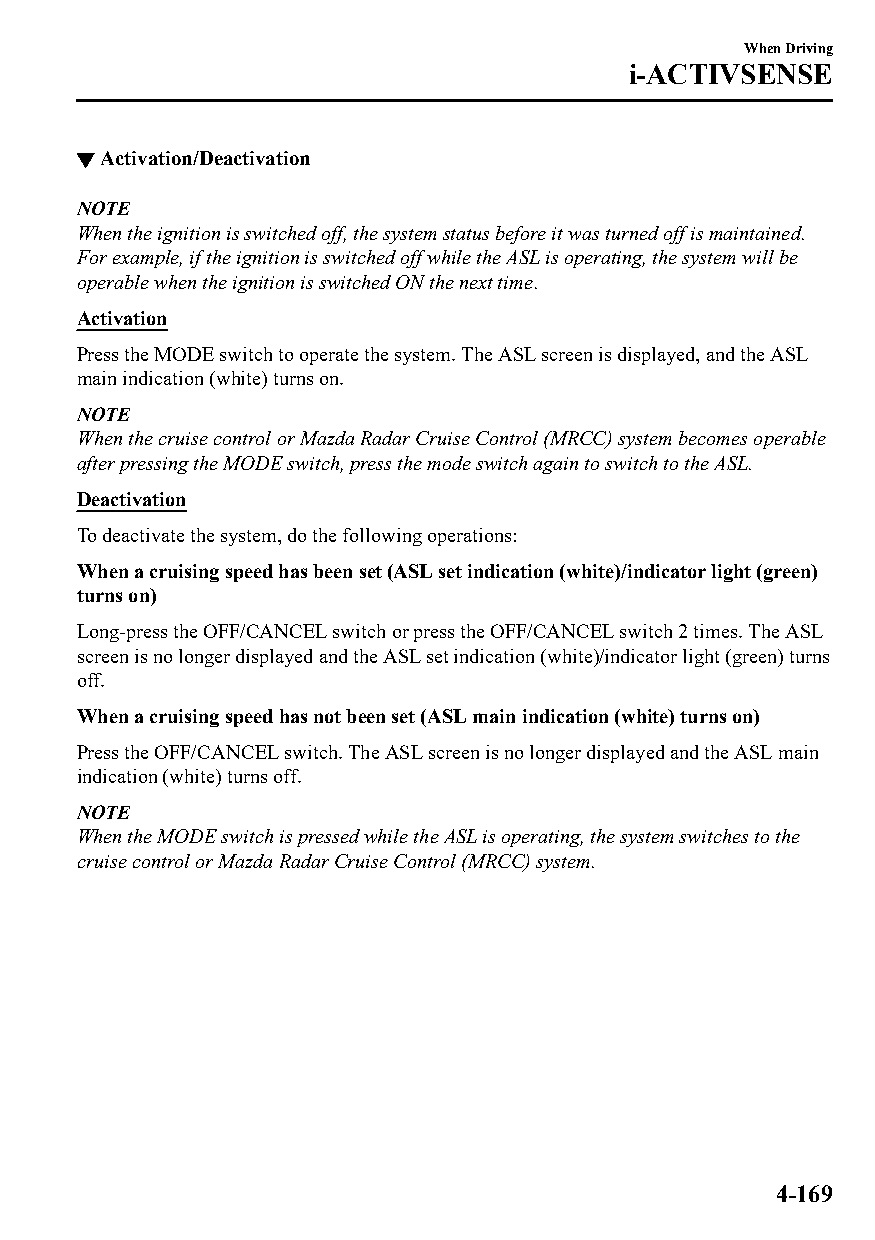
When Driving
 i-ACTIVSENSE
 ▼Activation/Deactivation
 NOTE
 When the ignition is switched off, the system status before it was turned off is maintained.
 For example, if the ignition is switched off while the ASL is operating, the system will be
 operable when the ignition is switched ON the next time.
 Activation
 Press the MODE switch to operate the system. The ASL screen is displayed, and the ASL
 main indication (white) turns on.
 NOTE
 When the cruise control or Mazda Radar Cruise Control (MRCC) system becomes operable
 after pressing the MODE switch, press the mode switch again to switch to the ASL.
 Deactivation
 To deactivate the system, do the following operations:
 When a cruising speed has been set (ASL set indication (white)/indicator light (green)
 turns on)
 Long-press the OFF/CANCEL switch or press the OFF/CANCEL switch 2 times. The ASL
 screen is no longer displayed and the ASL set indication (white)/indicator light (green) turns
 off.
 When a cruising speed has not been set (ASL main indication (white) turns on)
 Press the OFF/CANCEL switch. The ASL screen is no longer displayed and the ASL main
 indication (white) turns off.
 NOTE
 When the MODE switch is pressed while the ASL is operating, the system switches to the
 cruise control or Mazda Radar Cruise Control (MRCC) system.
 4-169
 CX-3_8GT4-EE-18D_Edition4                  2018-9-6 18:32:19